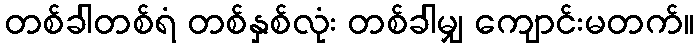
တစ်ခါတစ်ရံ တစ်နှစ်လုံး တစ်ခါမျှ ကျောင်းမတက်။